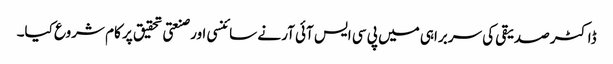
ڈاکٹر صدیقی کی سربراہی میں پی سی ایس آئی آر نے سائنسی اور صنعتی تحقیق پر کام شروع کیا۔